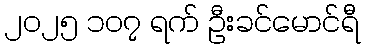
၂၀၂၅ ၁၀၇ ရက် ဦးခင်မောင်ရီ